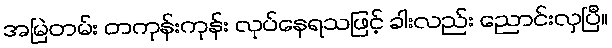
အမြဲတမ်း တကုန်းကုန်း လုပ်နေရသဖြင့် ခါးလည်း ညောင်းလှပြီ။